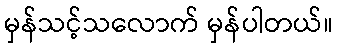
မှန်သင့်သလောက် မှန်ပါတယ်။